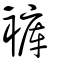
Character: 褲